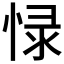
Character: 𱞩